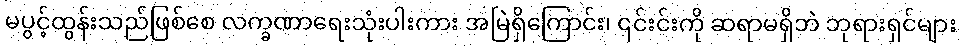
မပွင့်ထွန်းသည်ဖြစ်စေ လက္ခဏာရေးသုံးပါးကား အမြဲရှိကြောင်း၊ ၎င်းင်းကို ဆရာမရှိဘဲ ဘုရားရှင်များ